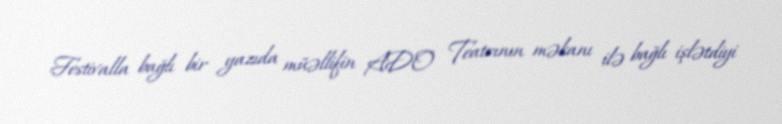
Festivalla bağlı bir yazıda müəllifin ADO Teatrının məkanı ilə bağlı işlətdiyi